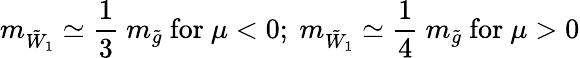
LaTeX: m_{{\tilde{W}}_{1}}\simeq\frac{1}{3}~m_{{\tilde{g}}}~\mathrm{for}~\mu<0;~m_{{\tilde{W}}_{1}}\simeq\frac{1}{4}~m_{{\tilde{g}}}~\mathrm{for}~\mu>0